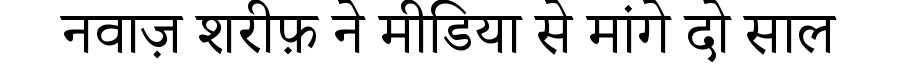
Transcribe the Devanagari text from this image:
नवाज़ शरीफ़ ने मीडिया से मांगे दो साल